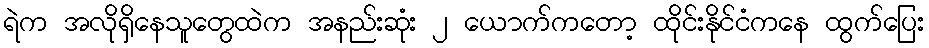
ရဲက အလိုရှိနေသူတွေထဲက အနည်းဆုံး ၂ ယောက်ကတော့ ထိုင်းနိုင်ငံကနေ ထွက်ပြေး